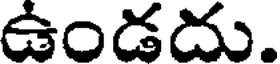
ఉండదు.